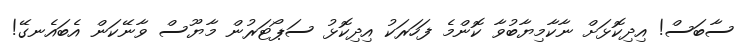
ސާބަސް! އިދިކޮޅަށް ނާކާމިޔާބުވާ ކޮންމެ ފަހަރަކު އިދިކޮޅު ސަޕޯޓަރުން މާޔޫސް ވާނޭކަން އެބައެނގޭ!